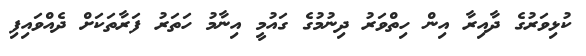
ކުޅިވަރުގެ ދާއިރާ އިން ހިތްވަރު ދިނުމުގެ ގައުމީ އިނާމު ހަތަރު ފަރާތަކަށް ދެއްވައިފި